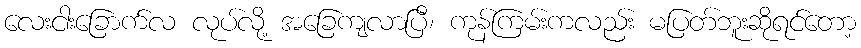
လေးငါးခြောက်လ လုပ်လို့ အခြေကျလာပြီ၊ ကုန်ကြမ်းကလည်း မပြတ်ဘူးဆိုရင်တော့